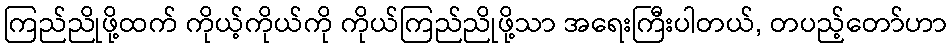
ကြည်ညိုဖို့ထက် ကိုယ့်ကိုယ်ကို ကိုယ်ကြည်ညိုဖို့သာ အရေးကြီးပါတယ်, တပည့်တော်ဟာ